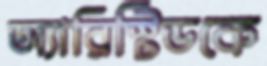
অ্যারিস্টিডকে